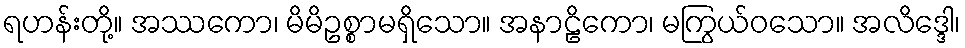
ရဟန်းတို့။ အဿကော၊ မိမိဥစ္စာမရှိသော။ အနာဠိကော၊ မကြွယ်ဝသော။ အလိဒ္ဒေါ၊